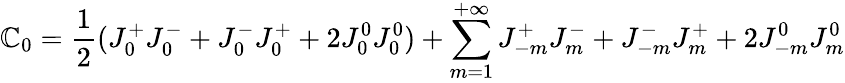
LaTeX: \mathbb{C}_{0}=\frac{{1}}{{2}}(J_{0}^{+}J_{0}^{-}+J_{0}^{-}J_{0}^{+}+2J_{0}^{0}J_{0}^{0})+\sum_{m=1}^{+\infty}J_{-m}^{+}J_{m}^{-}+J_{-m}^{-}J_{m}^{+}+2J_{-m}^{0}J_{m}^{0}